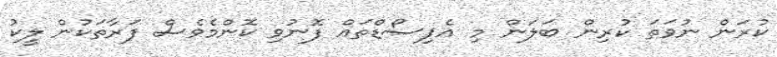
ކުރަން ނުވަތަ ކުރިން ބަލަން މި އެޕިސޯޑްތައް ފޮނުވި ކޮންމެވެސް ފަރާތަކުން ލީކު